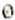
0